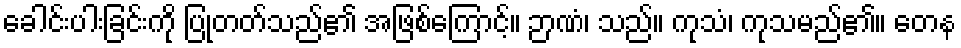
ခေါင်းပါးခြင်းကို ပြုတတ်သည်၏ အဖြစ်ကြောင့်။ ဉာဏံ၊ သည်။ ကုသံ၊ ကုသမည်၏။ တေန